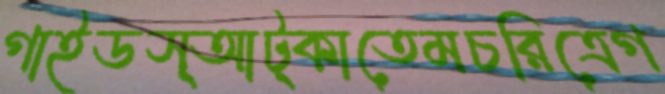
গাইডস্আট্‌কাতেমচরিত্রেগ